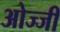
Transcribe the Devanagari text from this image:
ओज्जी